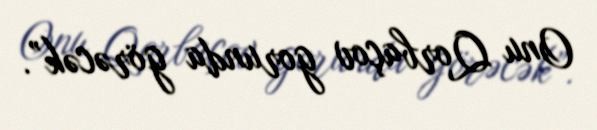
Onu Qorbaçov gorunda görəcək”.